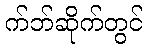
က်ဘ်ဆိုက်တွင်